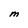
Character: M